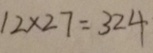
1 2 \times 2 7 = 3 2 4